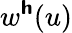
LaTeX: w^{\boldsymbol{\mathsf{h}}}(u)